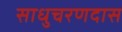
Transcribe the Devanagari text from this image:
साधुचरणदास